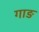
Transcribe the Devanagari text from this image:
गाङ